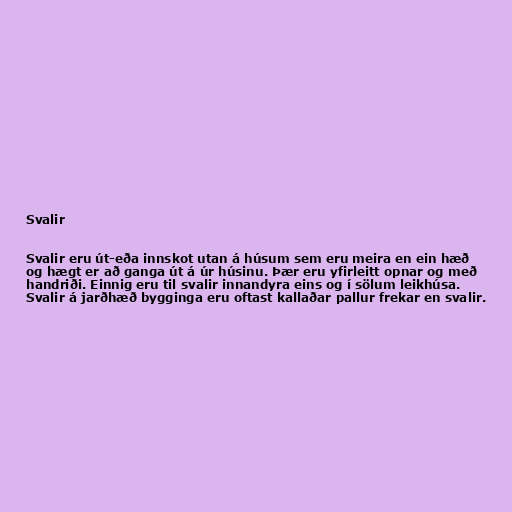
Svalir

Svalir eru út-eða innskot utan á húsum sem eru meira en ein hæð
og hægt er að ganga út á úr húsinu. Þær eru yfirleitt opnar og með
handriði. Einnig eru til svalir innandyra eins og í sölum leikhúsa.
Svalir á jarðhæð bygginga eru oftast kallaðar pallur frekar en svalir.